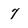
Character: 7